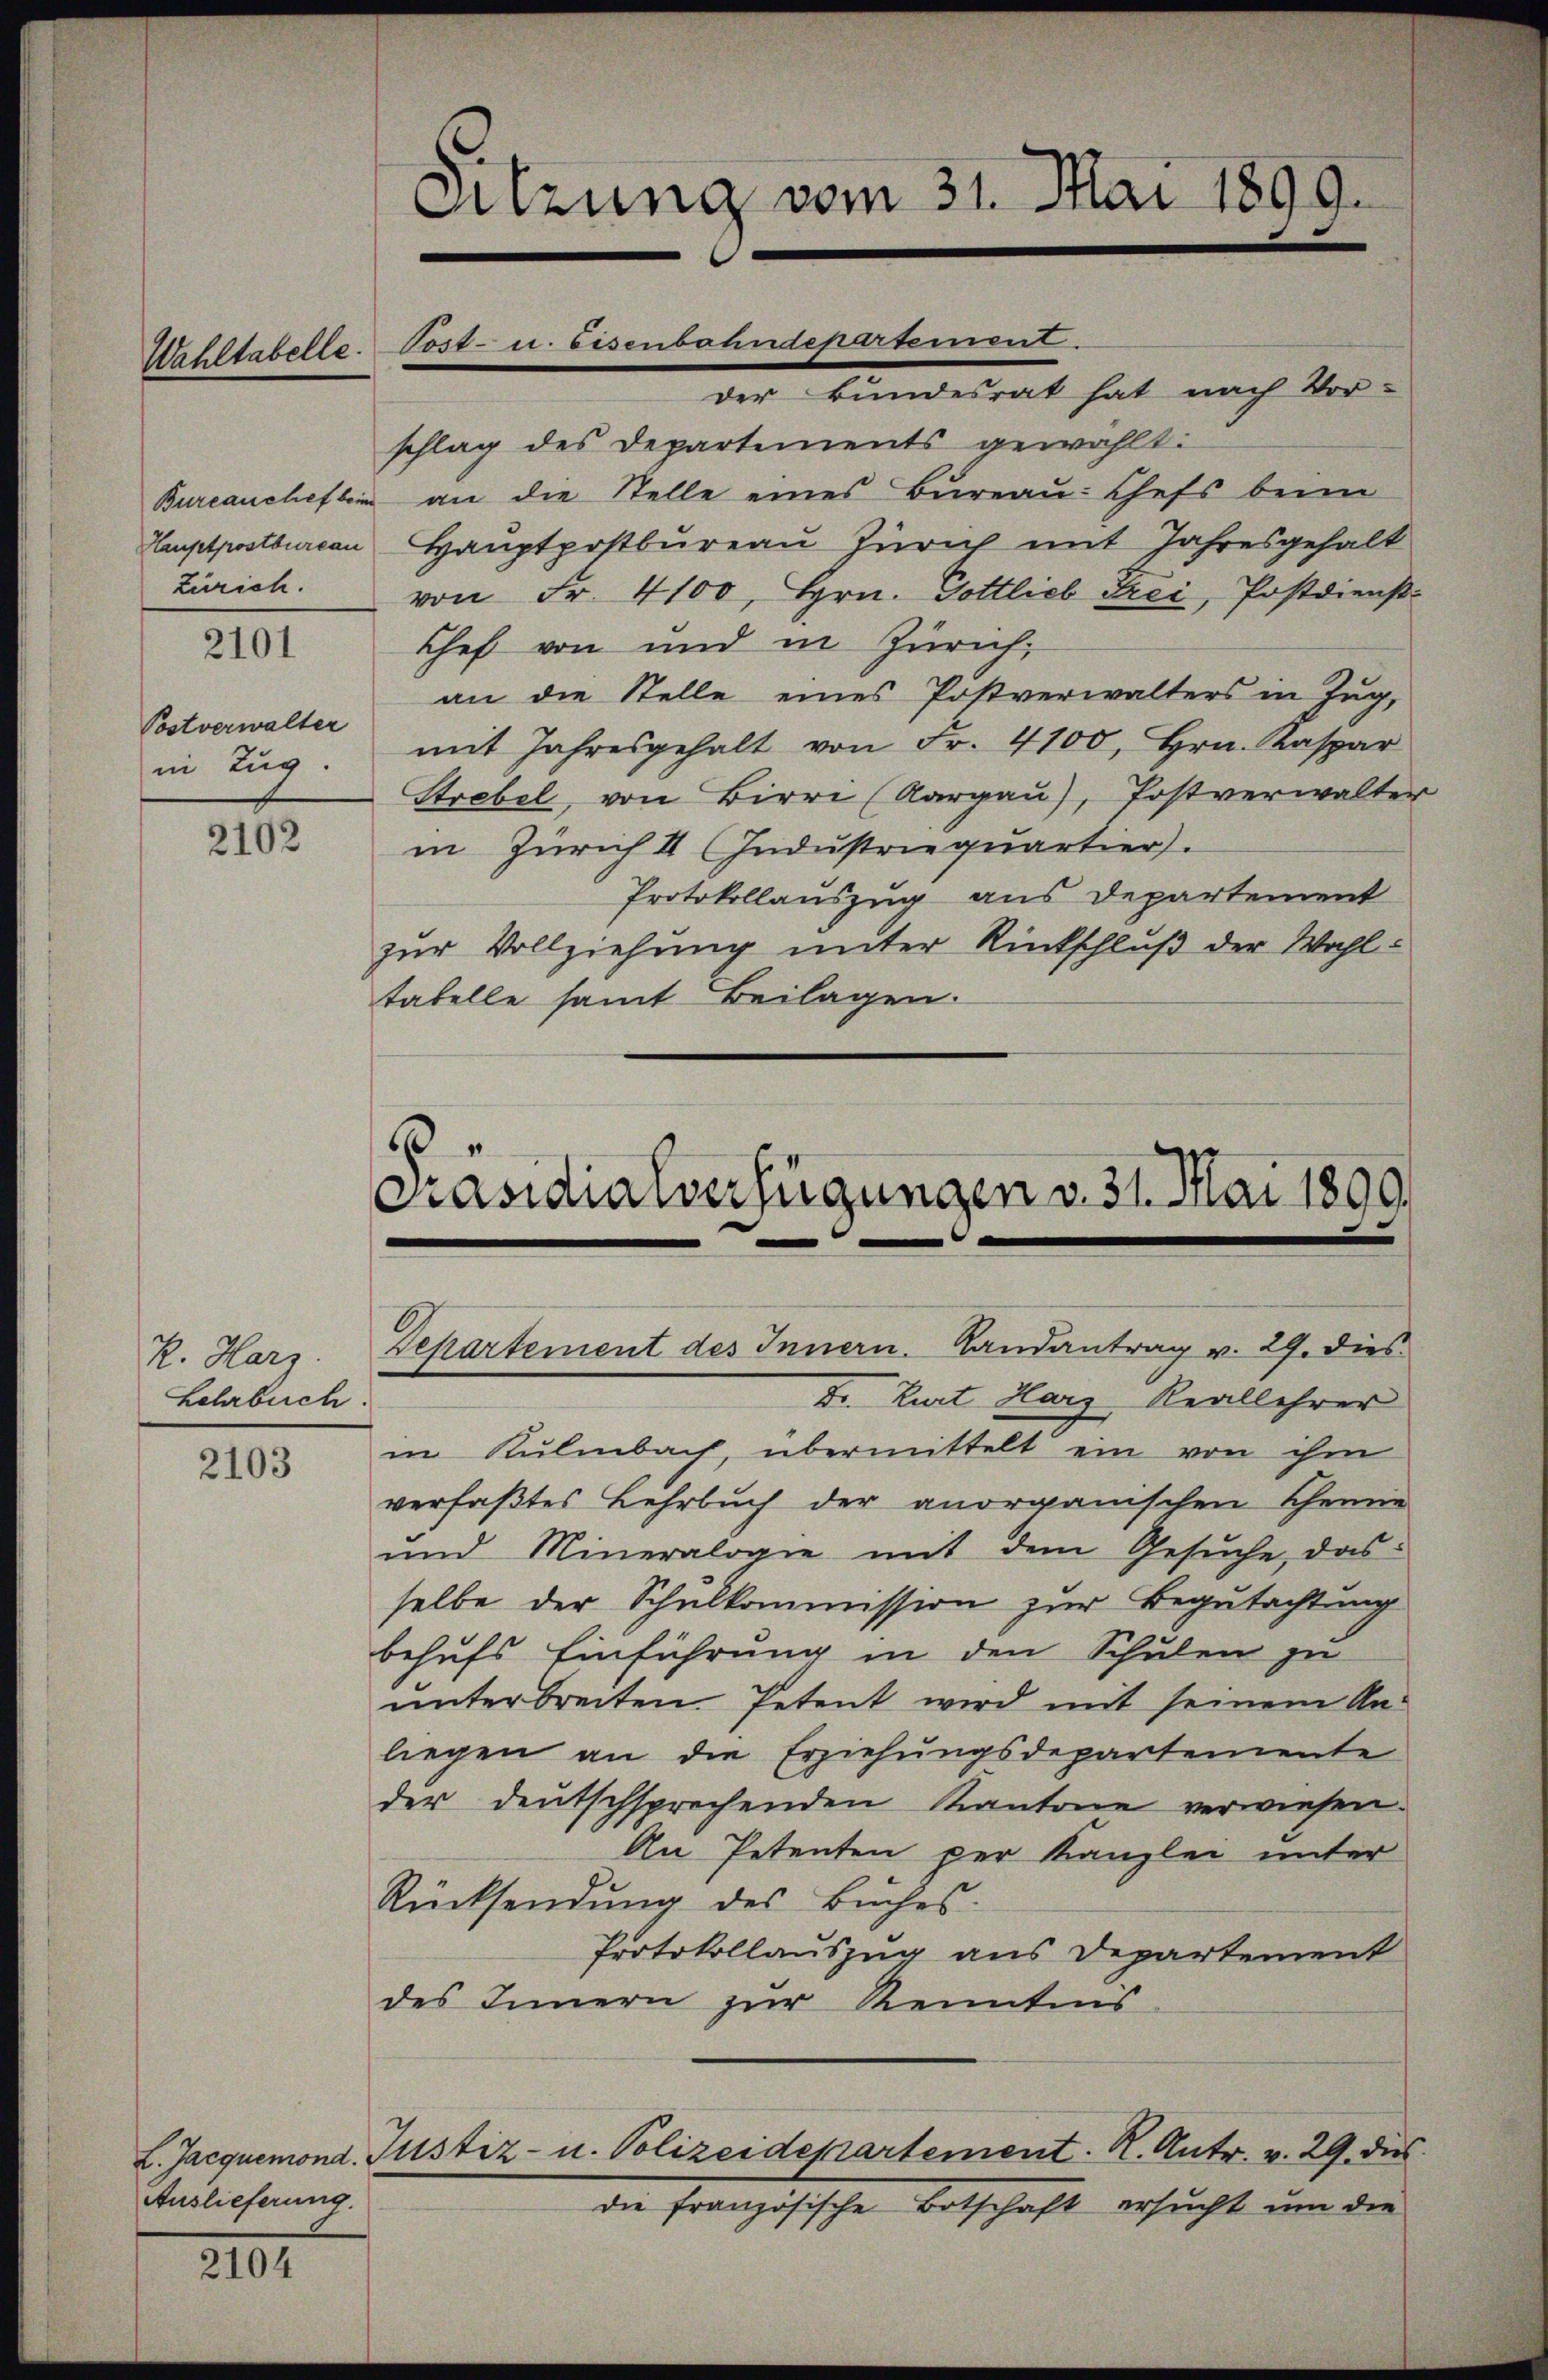
Zürich.

2101

Postverwalter
in Zug.

2102

R. Harz.
Lehrbuch

2103

Auslieferung.

2104

Sitzung vom 31. Mai 1899.

der Bundesrat hat nach Vor-
schlag des Departements gewählt:
Bureaucheflein an die Stelle eines Bureau-Chefs beim
Hauptpostbureau Hauptpostbureau Zürich mit Jahresgehalt
von Fr. 4100, Hrn. Gottlieb Frei, Postdienst¬
Chef von und in Zürich,
an die Stelle eines Postverwalters in Zug,
mit Jahresgehalt von Fr. 4100, Hrn. Kaspar
Strebel, von Birre (Aargau), Postverwalter
in Zürich II (Industriequartier.
Protokollauszug aus Departement
zur Vollziehung unter Rückschluß der Wahltabelle samt Beilagen.

Uhltabelle. Post- u. eisenbahndepartement.

6
Präsidialverfügungen v. 31. Mai 1890.
Departement des Innern. Landantrag v. 29. dies

Dr. Kurt Harz Reallehrer
in Kulmbach, übermittelt ein von ihm
verfaßtes Lehrbuch der anorganischen Chemie
und Mineralogie mit dem Gesŭche, das
selbe der Schulkommission zur Begutachtung
behufs Einführung in den Schulen zu
unterbreiten Petent wird mit seinem An-
liegen an die Erziehungsdepartemente
der deutschsprechenden Kantone verwiesen.
An Petenten per Kanzlei unter
Rücksendung des Buches.
Protokollauszug aus Departement
des Innern zur Kenntnis
L. Jacquemond. Justiz- u. Polizeidepartement. R. Antr. v. 29. dies
die französische Botschaft ersŭcht um die